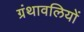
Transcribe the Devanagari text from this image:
ग्रंथावलियों